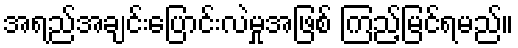
အရည်အချင်းပြောင်းလဲမှုအဖြစ် ကြည့်မြင်ရမည်။